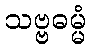
သဗ္ဗဓမ္မံ